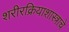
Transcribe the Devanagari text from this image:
शरीरक्रियाशास्त्राचे